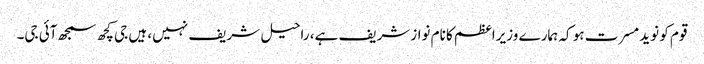
قوم کو نوید مسرت ہو کہ ہمارے وزیراعظم کا نام نوازشریف ہے، راحیل شریف نہیں، ہیں جی کچھ سمجھ آئی جی۔